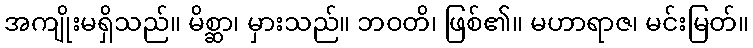
အကျိုးမရှိသည်။ မိစ္ဆာ၊ မှားသည်။ ဘဝတိ၊ ဖြစ်၏။ မဟာရာဇ၊ မင်းမြတ်။